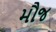
મૌજ